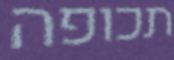
תכופה